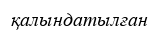
қалындатылған